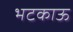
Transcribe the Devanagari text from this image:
भटकाऊ